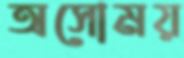
অসোময়